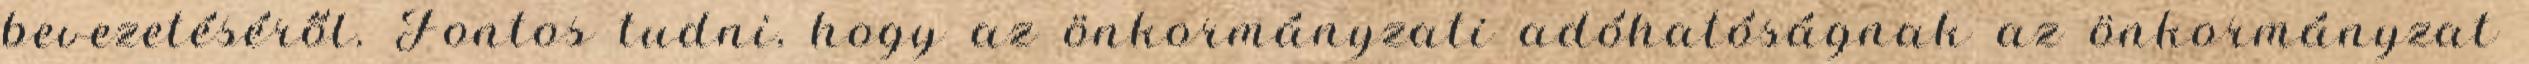
bevezetéséről. Fontos tudni, hogy az önkormányzati adóhatóságnak az önkormányzat